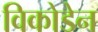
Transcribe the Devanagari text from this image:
विकोडेन